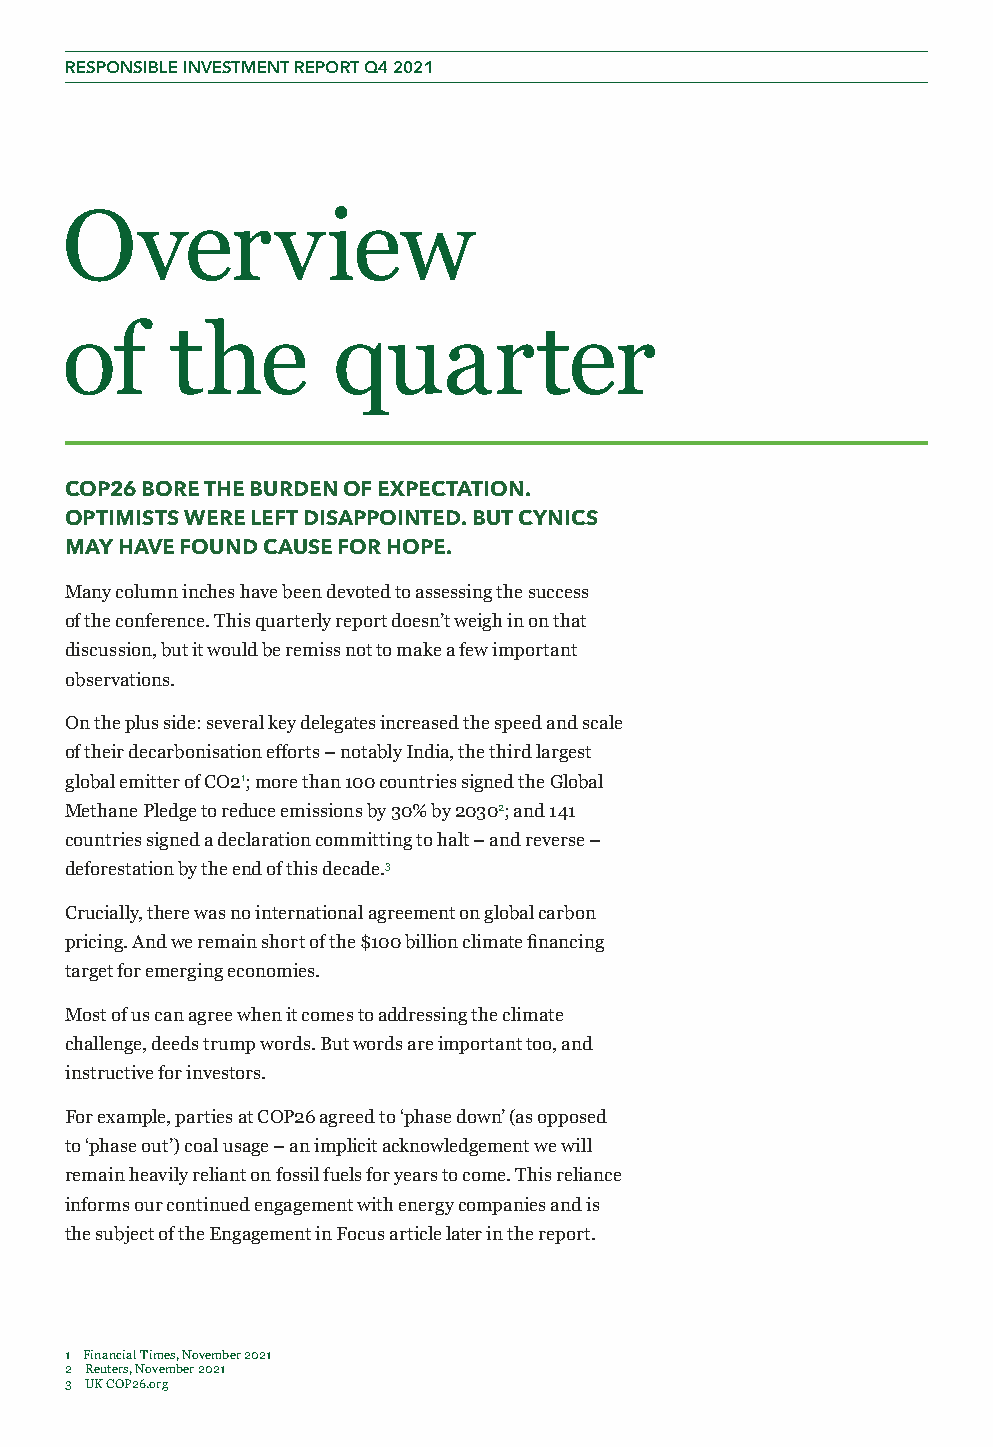
RESPONSIBLE INVESTMENT REPORT Q4 2021
 Overview
 of     the        quarter
 COP26 BORE THE BURDEN OF EXPECTATION.
 OPTIMISTS WERE LEFT DISAPPOINTED. BUT CYNICS
 MAY HAVE FOUND CAUSE FOR HOPE.
 Many column inches have been devoted to assessing the success
 of the conference. This quarterly report doesn’t weigh in on that
 discussion, but it would be remiss not to make a few important
 observations.
 On the plus side: several key delegates increased the speed and scale
 of their decarbonisation efforts – notably India, the third largest
 global emitter of CO21; more than 100 countries signed the Global
 Methane Pledge to reduce emissions by 30% by 20302; and 141
 countries signed a declaration committing to halt – and reverse –
 deforestation by the end of this decade.3
 Crucially, there was no international agreement on global carbon
 pricing. And we remain short of the $100 billion climate financing
 target for emerging economies.
 Most of us can agree when it comes to addressing the climate
 challenge, deeds trump words. But words are important too, and
 instructive for investors.
 For example, parties at COP26 agreed to ‘phase down’ (as opposed
 to ‘phase out’) coal usage – an implicit acknowledgement we will
 remain heavily reliant on fossil fuels for years to come. This reliance
 informs our continued engagement with energy companies and is
 the subject of the Engagement in Focus article later in the report.
 1 Financial Times, November 2021
 2 Reuters, November 2021
 3 UK COP26.org